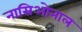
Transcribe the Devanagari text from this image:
नासिओनाल